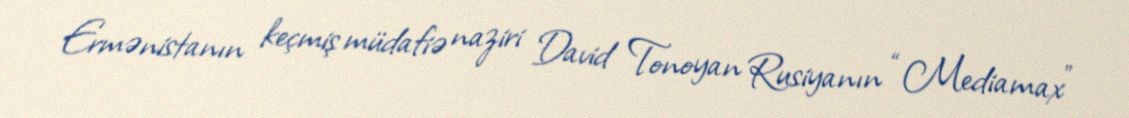
Ermənistanın keçmiş müdafiə naziri David Tonoyan Rusiyanın “Mediamax”